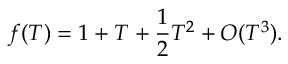
f ( T ) = 1 + T + { \frac { 1 } { 2 } } T ^ { 2 } + O ( T ^ { 3 } ) .